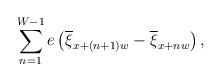
LaTeX: \begin{align*}\sum_{n = 1}^{W-1} e\left(\overline{\xi}_{x + (n+1)w} - \overline{\xi}_{x + nw} \right),\end{align*}